Elephants and their diseases
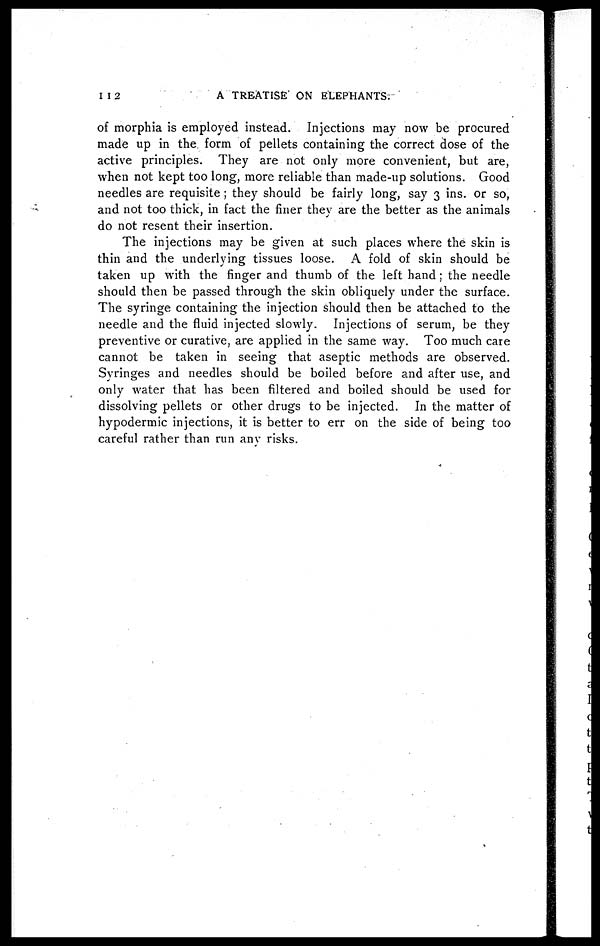
112
A TREATISE ON ELEPHANTS.
of morphia is employed instead. Injections may now be procured
made up in the form of pellets containing the correct dose of the
active principles. They are not only more convenient, but are,
when not kept too long, more reliable than made-up solutions. Good
needles are requisite ; they should be fairly long, say 3 ins. or so,
and not too thick, in fact the finer they are the better as the animals
do not resent their insertion.
The injections may be given at such places where the skin is
thin and the underlying tissues loose. A fold of skin should be
taken up with the finger and thumb of the left hand ; the needle
should then be passed through the skin obliquely under the surface.
The syringe containing the injection should then be attached to the
needle and the fluid injected slowly. Injections of serum, be they
preventive or curative, are applied in the same way. Too much care
cannot be taken in seeing that aseptic methods are observed.
Syringes and needles should be boiled before and after use, and
only water that has been filtered and boiled should be used for
dissolving pellets or other drugs to be injected. In the matter of
hypodermic injections, it is better to err on the side of being too
careful rather than run any risks.